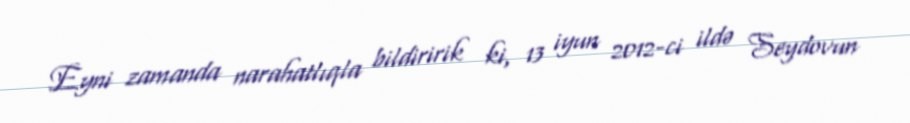
Eyni zamanda narahatlıqla bildiririk ki, 13 iyun 2012-ci ildə Seydovun